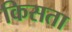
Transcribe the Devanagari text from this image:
किसता